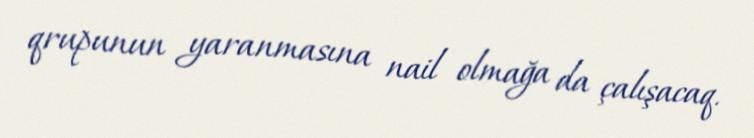
qrupunun yaranmasına nail olmağa da çalışacaq.